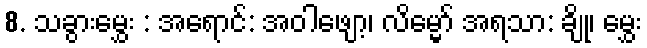
8. သခွားမွှေး : အရောင်: အဝါဖျော့၊ လိမ္မော် အရသာ: ချို၊ မွှေး